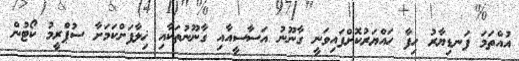
އުއްތަމަ ފަނޑިޔާރު ހިފާ ހައްޔަރުކޮށްފައިވަނީ ގާނޫނު އަސާސީއާއި ގާނޫނުތަކާއި ޚިލާފަށްކަމަށާ ސުޕްރީމު ކޯޓުން